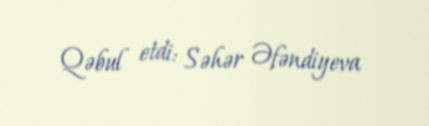
Qəbul etdi: Səhər Əfəndiyeva